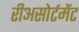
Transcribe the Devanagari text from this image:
रीअसोर्टमेंट